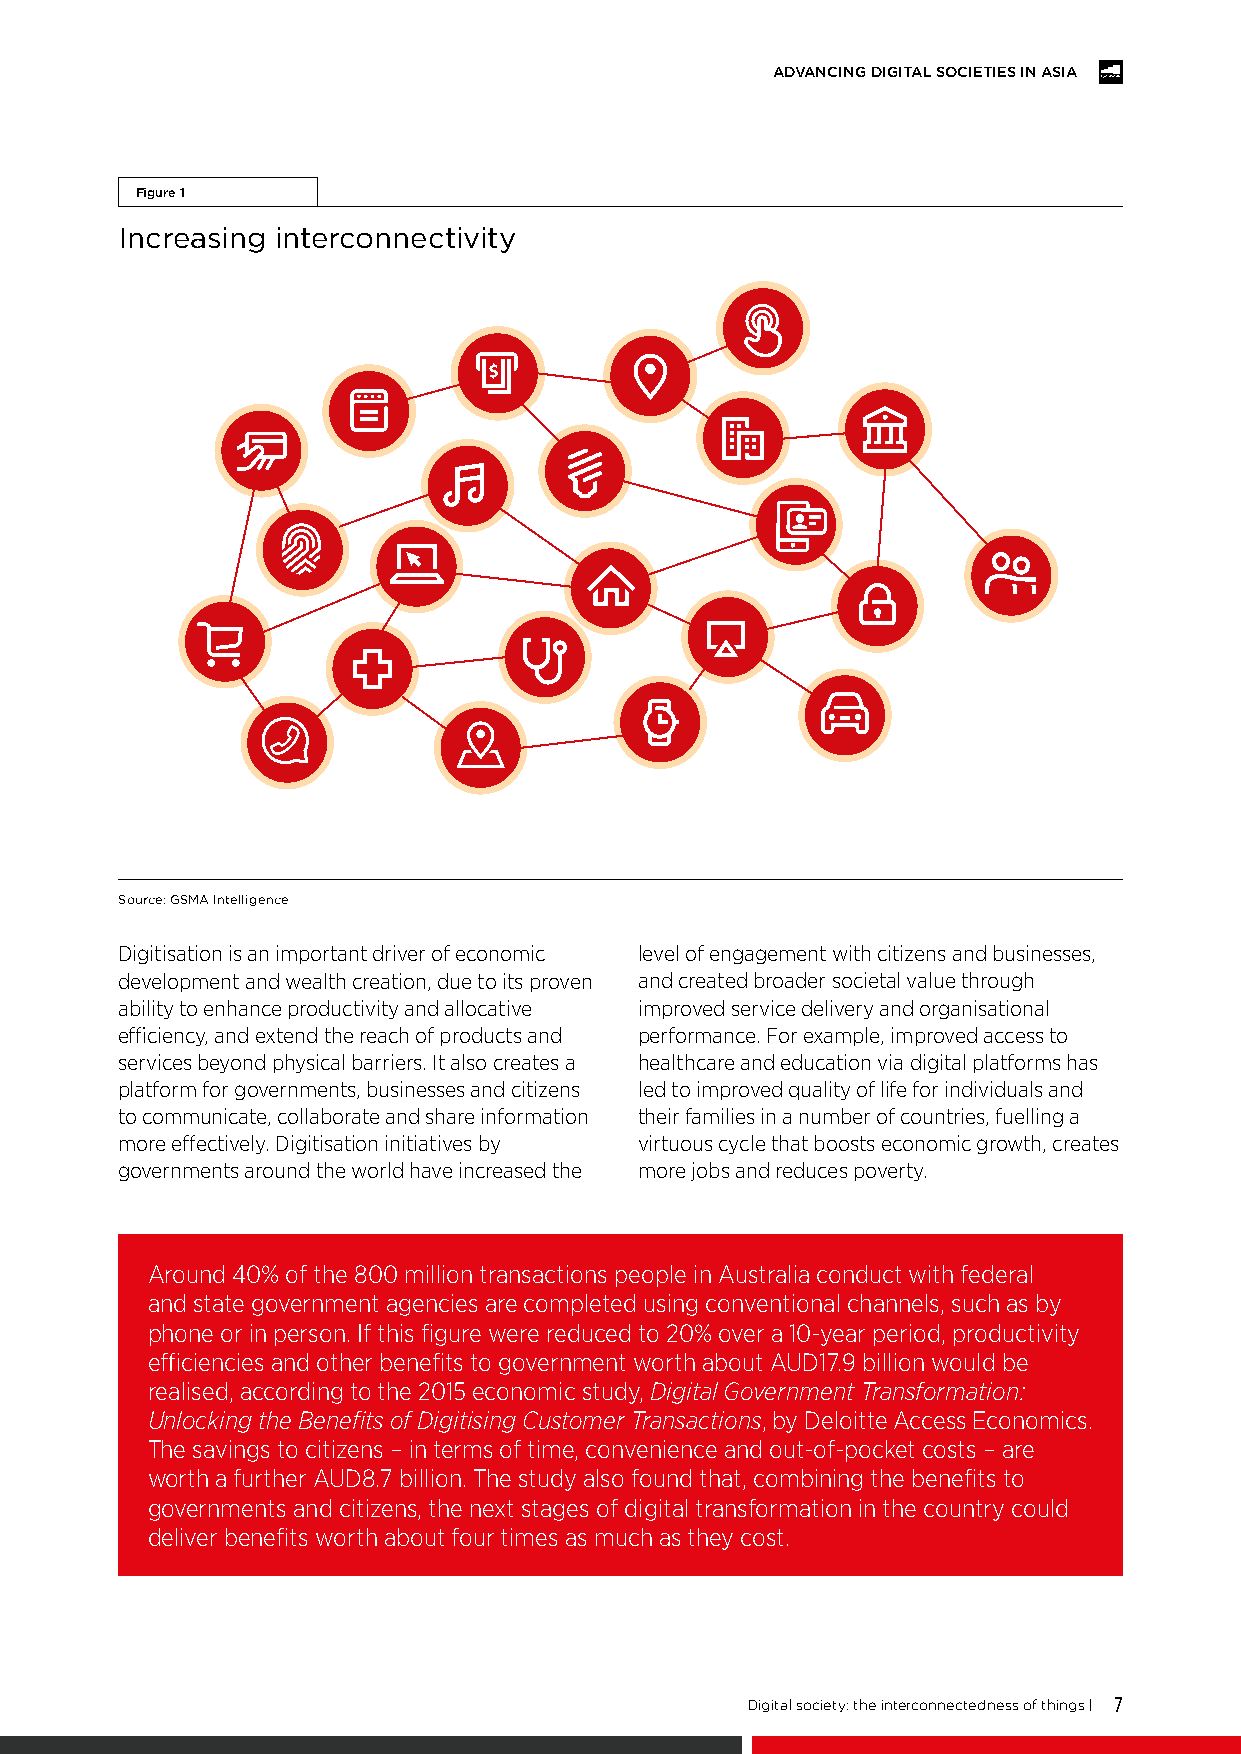
ADVANCING DIGITAL SOCIETIES IN ASIA
 Figure 1
 Increasing interconnectivity
 Source: GSMA Intelligence
 Digitisation is an important driver of economic level of engagement with citizens and businesses,
 development and wealth creation, due to its proven and created broader societal value through
 ability to enhance productivity and allocative improved service delivery and organisational
 efficiency, and extend the reach of products and performance. For example, improved access to
 services beyond physical barriers. It also creates a healthcare and education via digital platforms has
 platform for governments, businesses and citizens led to improved quality of life for individuals and
 to communicate, collaborate and share information their families in a number of countries, fuelling a
 more effectively. Digitisation initiatives by virtuous cycle that boosts economic growth, creates
 governments around the world have increased the more jobs and reduces poverty.
 Around 40% of the 800 million transactions people in Australia conduct with federal
 and state government agencies are completed using conventional channels, such as by
 phone or in person. If this figure were reduced to 20% over a 10-year period, productivity
 efficiencies and other benefits to government worth about AUD17.9 billion would be
 realised, according to the 2015 economic study, Digital Government Transformation:
 Unlocking the Benefits of Digitising Customer Transactions, by Deloitte Access Economics.
 The savings to citizens – in terms of time, convenience and out-of-pocket costs – are
 worth a further AUD8.7 billion. The study also found that, combining the benefits to
 governments and citizens, the next stages of digital transformation in the country could
 deliver benefits worth about four times as much as they cost.
 Digital society: the interconnectedness of things | 7